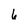
Character: 6